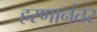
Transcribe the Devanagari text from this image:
हरणानंतर